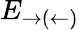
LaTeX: E_{\rightarrow(\leftarrow)}